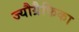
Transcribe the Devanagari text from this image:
ज्यौग्रैफिका